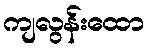
ကျလွန်းထော